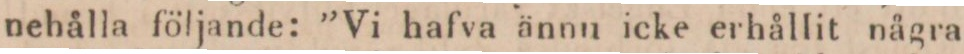
nehålla följande: ”Vi hafva ännu icke erhållit några